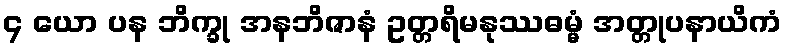
၄ ယော ပန ဘိက္ခု အနဘိဇာနံ ဥတ္တရိမနုဿဓမ္မံ အတ္တုပနာယိကံ